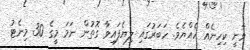
ވާނީ ކިހިނެއް ހެއްޔެވެ. ހަބަރުގައި ލިޔެފައިވާ ގޮތުން ނަމަ މީގެ 30 މިނެޓު